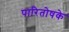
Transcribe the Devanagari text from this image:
पारितोषके